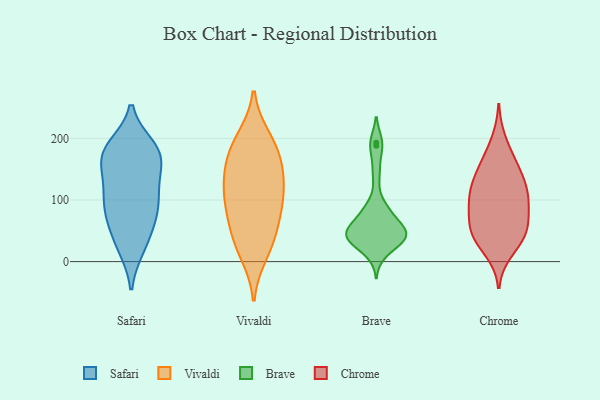
{"axis": {"x": "LTV (USD)", "y": "Value"}, "legend": ["Brave", "Chrome", "Safari", "Vivaldi"], "data": [{"x": "", "y": 92, "type": "Safari"}, {"x": "", "y": 106, "type": "Safari"}, {"x": "", "y": 177, "type": "Safari"}, {"x": "", "y": 23, "type": "Safari"}, {"x": "", "y": 146, "type": "Safari"}, {"x": "", "y": 180, "type": "Safari"}, {"x": "", "y": 23, "type": "Safari"}, {"x": "", "y": 166, "type": "Safari"}, {"x": "", "y": 75, "type": "Safari"}, {"x": "", "y": 93, "type": "Safari"}, {"x": "", "y": 186, "type": "Safari"}, {"x": "", "y": 179, "type": "Safari"}, {"x": "", "y": 50, "type": "Safari"}, {"x": "", "y": 112, "type": "Safari"}, {"x": "", "y": 135, "type": "Safari"}, {"x": "", "y": 66, "type": "Safari"}, {"x": "", "y": 175, "type": "Safari"}, {"x": "", "y": 38, "type": "Vivaldi"}, {"x": "", "y": 139, "type": "Vivaldi"}, {"x": "", "y": 14, "type": "Vivaldi"}, {"x": "", "y": 175, "type": "Vivaldi"}, {"x": "", "y": 124, "type": "Vivaldi"}, {"x": "", "y": 121, "type": "Vivaldi"}, {"x": "", "y": 161, "type": "Vivaldi"}, {"x": "", "y": 35, "type": "Vivaldi"}, {"x": "", "y": 91, "type": "Vivaldi"}, {"x": "", "y": 75, "type": "Vivaldi"}, {"x": "", "y": 91, "type": "Vivaldi"}, {"x": "", "y": 199, "type": "Vivaldi"}, {"x": "", "y": 190, "type": "Vivaldi"}, {"x": "", "y": 57, "type": "Brave"}, {"x": "", "y": 37, "type": "Brave"}, {"x": "", "y": 36, "type": "Brave"}, {"x": "", "y": 51, "type": "Brave"}, {"x": "", "y": 35, "type": "Brave"}, {"x": "", "y": 14, "type": "Brave"}, {"x": "", "y": 52, "type": "Brave"}, {"x": "", "y": 86, "type": "Brave"}, {"x": "", "y": 34, "type": "Brave"}, {"x": "", "y": 143, "type": "Brave"}, {"x": "", "y": 47, "type": "Brave"}, {"x": "", "y": 193, "type": "Brave"}, {"x": "", "y": 45, "type": "Brave"}, {"x": "", "y": 42, "type": "Brave"}, {"x": "", "y": 82, "type": "Brave"}, {"x": "", "y": 81, "type": "Brave"}, {"x": "", "y": 188, "type": "Brave"}, {"x": "", "y": 38, "type": "Chrome"}, {"x": "", "y": 94, "type": "Chrome"}, {"x": "", "y": 64, "type": "Chrome"}, {"x": "", "y": 89, "type": "Chrome"}, {"x": "", "y": 98, "type": "Chrome"}, {"x": "", "y": 106, "type": "Chrome"}, {"x": "", "y": 122, "type": "Chrome"}, {"x": "", "y": 125, "type": "Chrome"}, {"x": "", "y": 56, "type": "Chrome"}, {"x": "", "y": 52, "type": "Chrome"}, {"x": "", "y": 197, "type": "Chrome"}, {"x": "", "y": 27, "type": "Chrome"}, {"x": "", "y": 44, "type": "Chrome"}, {"x": "", "y": 159, "type": "Chrome"}, {"x": "", "y": 16, "type": "Chrome"}, {"x": "", "y": 148, "type": "Chrome"}, {"x": "", "y": 57, "type": "Chrome"}, {"x": "", "y": 136, "type": "Chrome"}, {"x": "", "y": 167, "type": "Chrome"}, {"x": "", "y": 103, "type": "Chrome"}]}